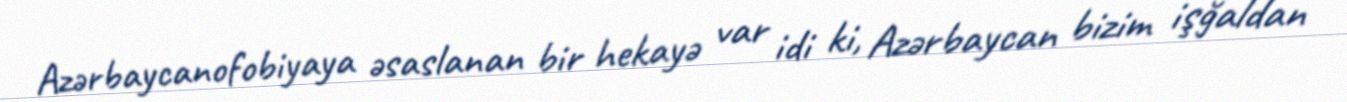
Azərbaycanofobiyaya əsaslanan bir hekayə var idi ki, Azərbaycan bizim işğaldan